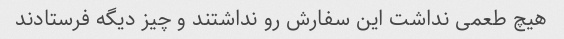
هیچ طعمی نداشت این سفارش رو نداشتند و چیز دیگه فرستادند